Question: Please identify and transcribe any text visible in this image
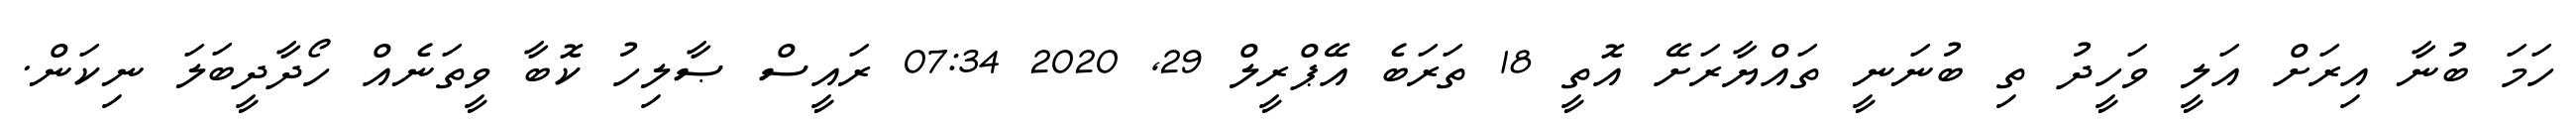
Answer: ހަމަ ބުނާ އިރަށް އަލީ ވަހީދު ތި ބުނަނީ ތައްޔާރަށޭ އޮތީ 18 ތަރަބެ އޭޕްރީލް 29, 2020 07:34 ރައީސް ޞާލިހު ކޮބާ ވީތަނެއް ހޯދާދީބަލަ ނިކަން.